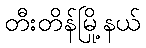
တီးတိန်မြို့နယ်